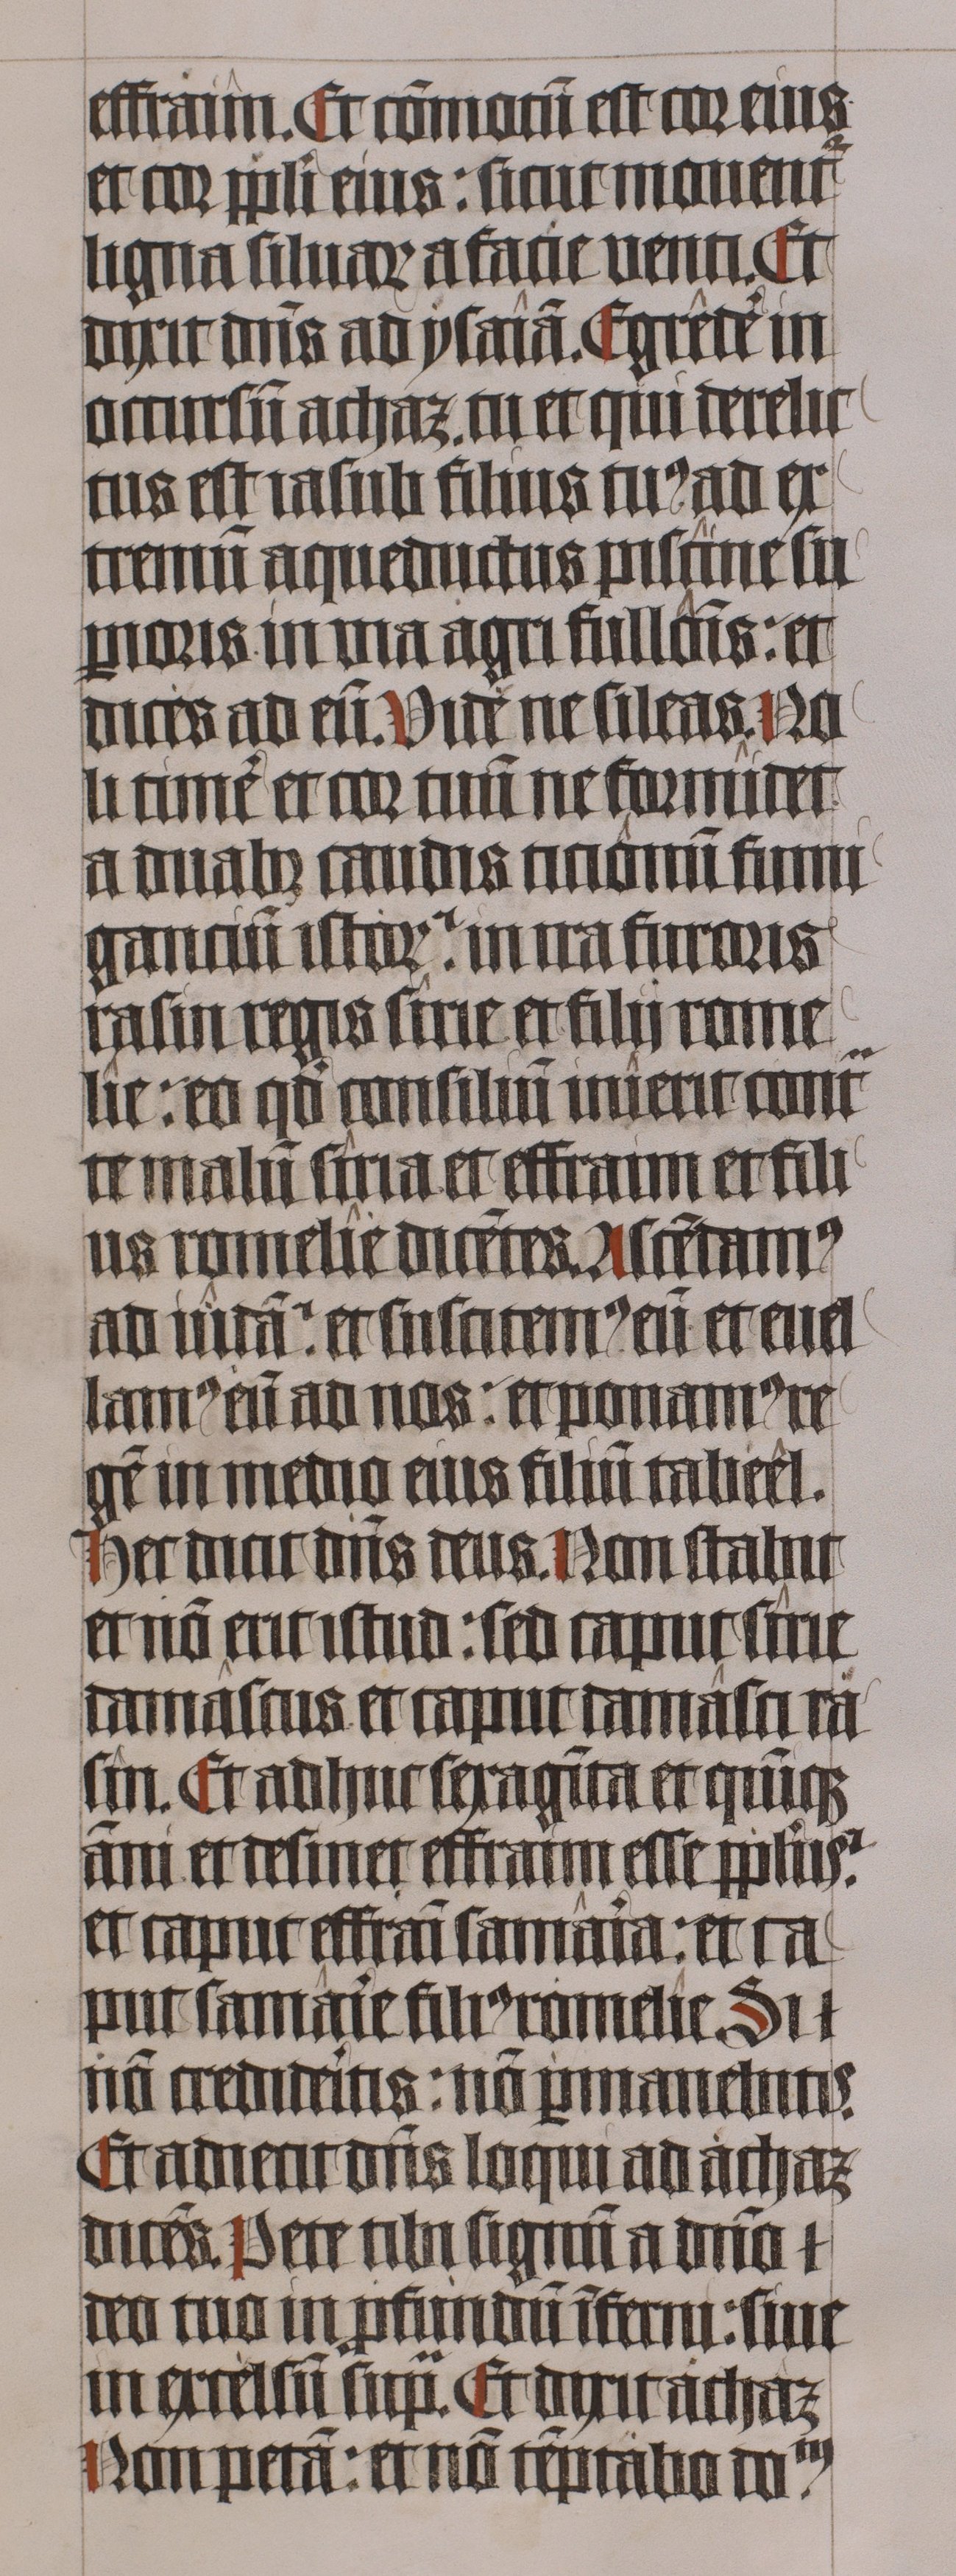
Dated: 1445–1445